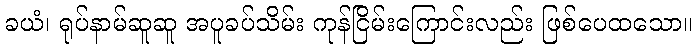
ခယံ၊ ရုပ်နာမ်ဆူဆူ အပူခပ်သိမ်း ကုန်ငြိမ်းကြောင်းလည်း ဖြစ်ပေထသော။